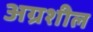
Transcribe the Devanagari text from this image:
अग्रशील